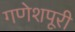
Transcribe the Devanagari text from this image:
गणेशपूरी